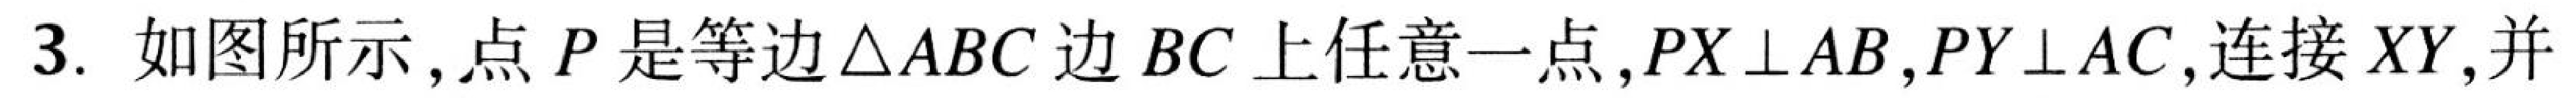
3. 如图所示，点 \(P\) 是等边\(\triangle ABC\) 边 \(BC\) 上任意一点，\(PX\perp AB\)，\(PY\perp AC\)，连接 \(XY\)，并